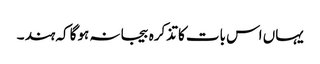
یہاں اس بات کا تذکرہ بیجا نہ ہوگا کہ ہند ۔